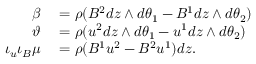
\begin{array} { r l } { \beta } & { { } = \rho ( B ^ { 2 } d z \wedge d \theta _ { 1 } - B ^ { 1 } d z \wedge d \theta _ { 2 } ) } \\ { \vartheta } & { { } = \rho ( u ^ { 2 } d z \wedge d \theta _ { 1 } - u ^ { 1 } d z \wedge d \theta _ { 2 } ) } \\ { \iota _ { u } \iota _ { B } \mu } & { { } = \rho ( B ^ { 1 } u ^ { 2 } - B ^ { 2 } u ^ { 1 } ) d z . } \end{array}